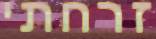
זרחתי